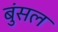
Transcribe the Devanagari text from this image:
बुंसल